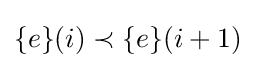
\{e\}(i)\prec \{e\}(i+1)